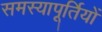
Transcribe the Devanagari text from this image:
समस्यापूर्तियों